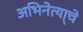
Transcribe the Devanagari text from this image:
अभिनेत्या्चे